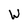
Character: W